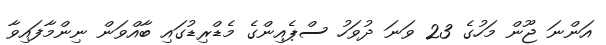
އަންނަ ޖޫން މަހުގެ 23 ވަނަ ދުވަހު ސްޕެއިންގެ މެޑްރިޑުގައި ބާއްވަން ނިންމާފައިވާ